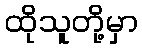
ထိုသူတို့မှာ